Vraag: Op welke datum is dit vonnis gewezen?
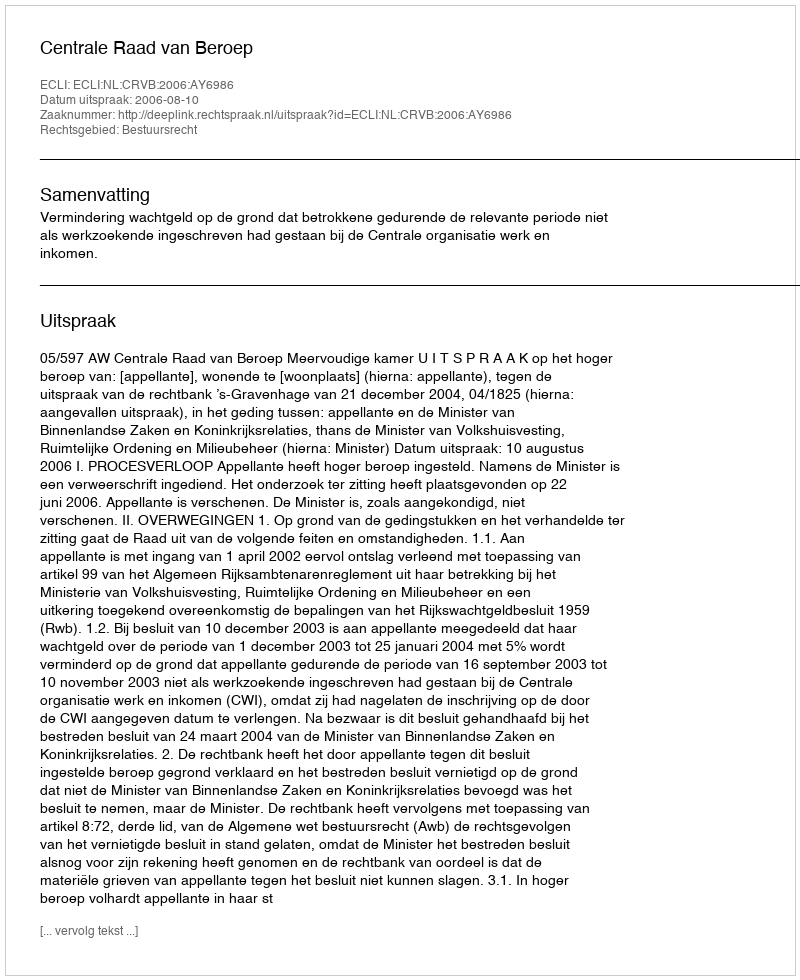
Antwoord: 2006-08-10